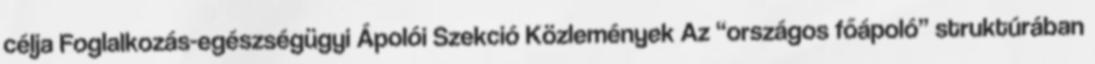
célja Foglalkozás-egészségügyi Ápolói Szekció Közlemények Az “országos főápoló” struktúrában